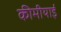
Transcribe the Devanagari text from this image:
कीमीयाई